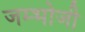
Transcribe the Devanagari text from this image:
जम्भोजी